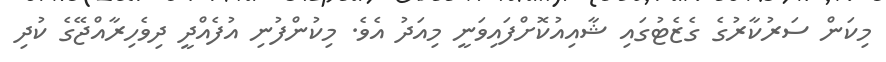
މިކަން ސަރުކާރުގެ ގެޒެޓުގައި ޝާއިއުކޮށްފައިވަނީ މިއަދު އެވެ. މިކުންފުނި އުފެއްދީ ދިވެހިރާއްޖޭގެ ކުދި